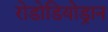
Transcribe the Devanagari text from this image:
रोडोडियोड्रान